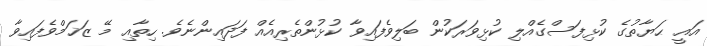
އައީ ޙަޔާތުގެ ކުޅިފަސްގެއްލި ކުޅިވަރަކުން ބަލިވެފައިވާ ކުޅުންތެރިއެއް ފަދައިންނެވެ. ހިތާއި މޭ ޒަޚަމްވެފައިވާ